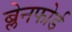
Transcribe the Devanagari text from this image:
ब्लेनफोर्ड